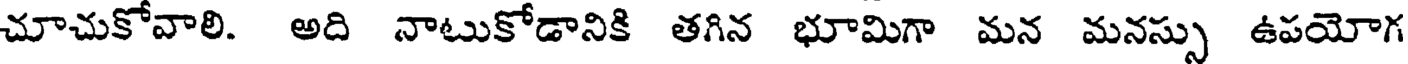
చూచుకోవాలి. అది నాటుకోడానికి తగిన భూమిగా మన మనస్సు ఉపయోగ